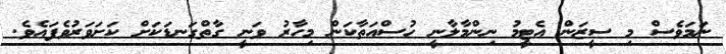
ނަމަވެސް މި ސީޒަން އެޓީމު ނިންމާލާނީ ހުސްއަތާކަން މިހާރު ވަނީ ގާތްގަނޑަކަށް ކަށަވަރުވެފައެވެ.